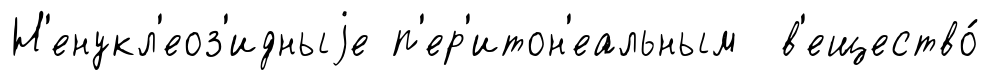
Н'енукл'еоз'идныjе п'ер'итон'еальным в'ещество́